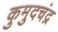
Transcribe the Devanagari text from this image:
कुमुदचंद्र